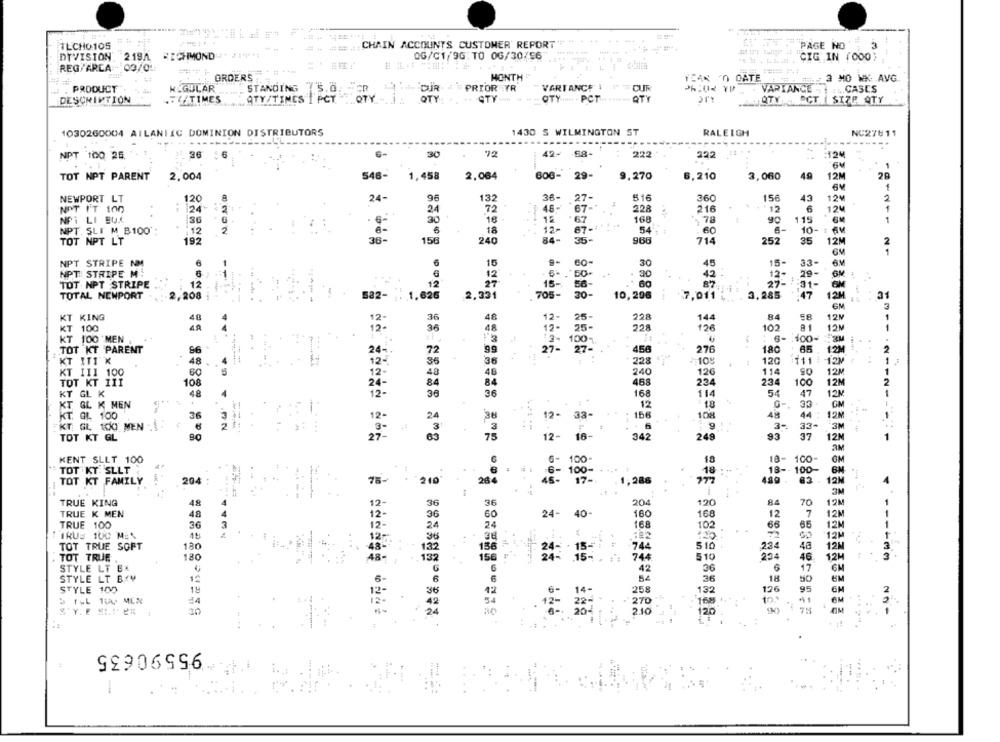
TECHO105
CHAIN ACCOUNTS CUSTOMER REPORT
PAGE NO
DIVISION: 219A RICHMOND
0G/C1/96. TO 0G/30/56
"CIG IN (000}
REG/ARCA - 09/04:
ORDERS
HONTH
PEAN 'O CATE
H . 1 : 3 HO WK: AVG
PRODUCT
REGULAR
STANDING
5.0
PRIOR YR
VARIANCE ! "
CUIR
VARIANCE
1 .... CASES
DESCRIPTION
.FY TIMES
QTY/TIMES | PCT
LOTY -. :
QTY
STY- #
QTY ... . PCT- ****- QTY
ory
QTY
PCT | SIZP QTY
1030260004 AILANIIC DOMINION DISTRIBUTORS
1430 5 WILMINGTON ST
RALEIGH
NC27611
NPT 100 25.
26
30
72
42.
-58-
222
122
:124
GM
TOT NPT PARENT
2,004
548-
1,458
2,064
600-
29-
9,270
6,210
3,060
49
12M
NEWPORT LT
120
24-
96
132
36-
27-
516
360
15€
43
12M
124
24
46-
67 --
228
216
6
1
NOT I'T 100
..
72
12
12M
NFI LI EUX
12
.67
168
78
115
1
NPT. SLT M B100
12
2
6
18
12-
87-
54
10- 1 6V
6 -
TOT NPT LT
192
36-
156
240
84-
35-
966
714
252
35
12M
21
NPT STRIPE NM
15
60-
30
45
15-
33-
NPT STRIPE M:
6
30
42
12-
29-
ON
7
12
12
15-
87
27-13
:31-
TOT NPT STRIPE
12
56-
60
TOTAL NEWPORT
2,208
5a2-
1,626
2,331
705-
30-
10,296
7,011 .
3.285
.47
12M
31
---
GM
KT KING
48
12-
36
48
12-
25-
228
144
58
12M
48
35
228
12€
102
81
12M
KT 100
12 -
25-
KT 100 MEN
: 6-
.100-
.3M
TOT KT PARENT
$6
100-
456
276
180
65
72
27 -
12M
KT ITT K
48
228
10
.
120
111
....
240
126
114
12M
KT III 100
48
TOT KT 111
108
84
468
234
234
100
12M
KT GL K
48
168
114
54
47
12M
12-
38
KT GL K MEN
12
18
G-
33
GM
KT. GL 100
36
-
38
12- 38-
156
108
48
44
12M
11121121-1
12.
38-
33-
KT GL 100 MEN ...
:9
3-
3M
TOT KT GL
29-
75
12-
18-
342
249
93
37
12M
AM
KENT SLLT 100
6- 100
10
18- 100-
GM
TOT KY: SLLT
€ -
100-
18
18 -- 100-
TOT KT FAMILY
204
75-
210
28
17-
1,286
489 .
83 .
12M
---.
TRUE KING
48
36
204
120
RA
12M
TRUE K MEN
48
40-
160
168
7
24-
12
12M
TRUE 100
36
168
102
66
65
12M
1
IRUS 100 ME\
...
12M
TOT TRUE SOFT
130
132
34: 15-1 :
744
5 10
234
48
12M
a
TOT TRUE
180
.15-
. : :
744
510
254
46
12H
STYLE LT BX
42
36
6
17
CM
STYLE LT BZY
12
54
36
18
50
6M
STYLE 100
19
258
13:
126
95
GM
D FEL TU MEN
168
270
41
S'Y. E SLITER
2.10
120
...
95590635